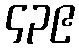
၄၃၉